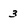
Character: 3